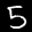
Label: 5